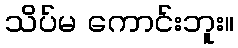
သိပ်မ ကောင်းဘူး။